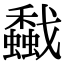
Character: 𢨡